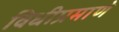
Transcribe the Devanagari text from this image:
विधीप्रमाणे